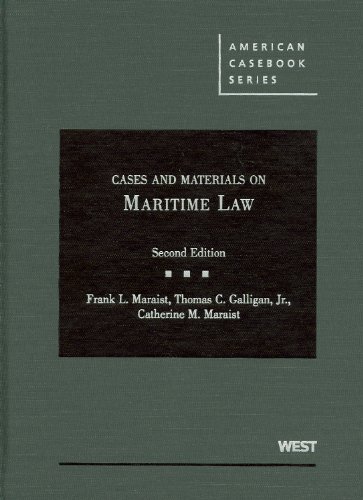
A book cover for Cases and Materials on Maritime Law (American Casebook Series); Frank Maraist; Law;